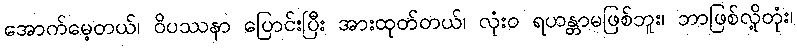
အောက်မေ့တယ်၊ ဝိပဿနာ ပြောင်းပြီး အားထုတ်တယ်၊ လုံးဝ ရဟန္တာမဖြစ်ဘူး၊ ဘာဖြစ်လို့တုံး၊